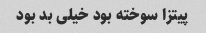
پیتزا سوخته بود خیلی بد بود